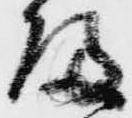
帰